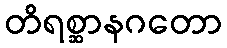
တိရစ္ဆာနဂတော